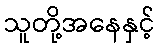
သူတို့အနေနှင့်